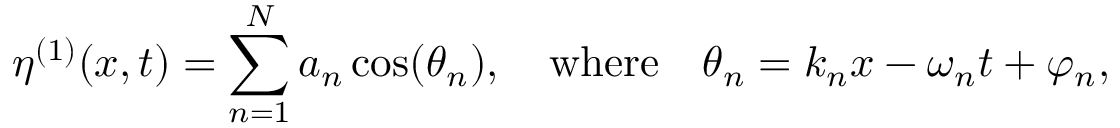
\eta ^ { ( 1 ) } ( x , t ) = \sum _ { n = 1 } ^ { N } a _ { n } \cos ( \theta _ { n } ) , \quad \mathrm { w h e r e } \quad \theta _ { n } = k _ { n } x - \omega _ { n } t + \varphi _ { n } ,